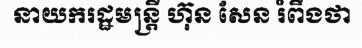
នាយករដ្ឋមន្ត្រី ហ៊ុន សែន រំពឹងថា